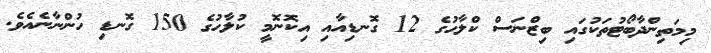
މިމަތިންދާބޯޓުތަކުގައި ބިޒްނަސް ކްލާހުގެ 12 ގޮނޑިއާއި އިކޮނޮމީ ކުލާހުގެ 150 ގޮނޑި ހުންނާނެއެވެ.